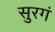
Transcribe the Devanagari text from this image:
सुरगं